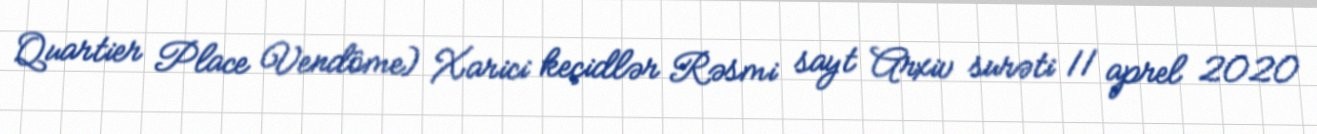
Quartier Place Vendôme) Xarici keçidlər Rəsmi sayt Arxiv surəti 11 aprel 2020